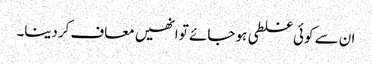
ان سے کوئی غلطی ہو جائے تو انھیں معاف کردینا۔